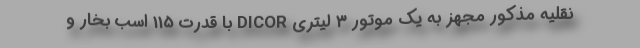
نقلیه مذکور مجهز به یک موتور 3 لیتری DICOR با قدرت 115 اسب بخار و